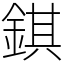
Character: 錤